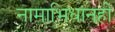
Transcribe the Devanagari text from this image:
नामाभिधानही